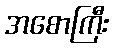
အစောကြီး